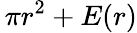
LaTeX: \, \pi r^{2}+E(r)